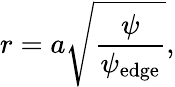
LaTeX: r=a\sqrt{\frac{\psi}{\psi_{\mathrm{edge}}}},